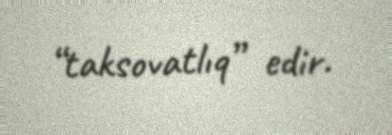
“taksovatlıq” edir.